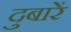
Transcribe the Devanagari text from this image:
दुबारें